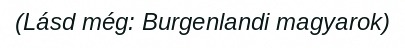
(Lásd még: Burgenlandi magyarok)